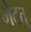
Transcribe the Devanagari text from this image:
भेटतु